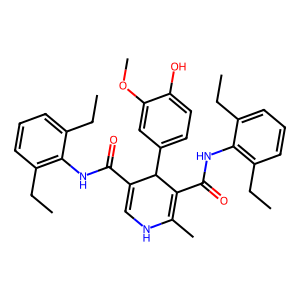
SMILES: CCc1cccc(CC)c1NC(=O)C1=CNC(C)=C(C(=O)Nc2c(CC)cccc2CC)C1c1ccc(O)c(OC)c1
Inhibits HIV replication: No